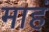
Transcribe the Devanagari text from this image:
माहं